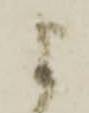
よ